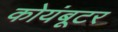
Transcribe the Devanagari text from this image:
कोयंबूटर